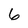
Character: 6